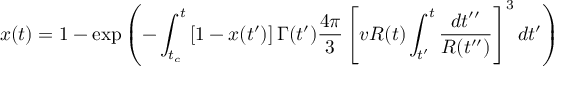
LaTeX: x ( t ) = 1 - \exp \left( - \int _ { t _ { c } } ^ { t } \left[ 1 - x ( t ^ { \prime } ) \right] \Gamma ( t ^ { \prime } ) \frac { 4 \pi } { 3 } \left[ v R ( t ) \int _ { t ^ { \prime } } ^ { t } \frac { d t ^ { \prime \prime } } { R ( t ^ { \prime \prime } ) } \right] ^ { 3 } d t ^ { \prime } \right)